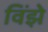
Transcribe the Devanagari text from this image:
विंझे